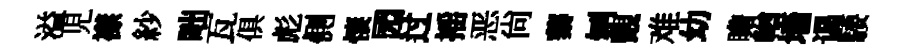
溢児襟紗咄瓦俱彪側悽园过摇恶尚蓁刎覿难幼瞻輶墻谒騕